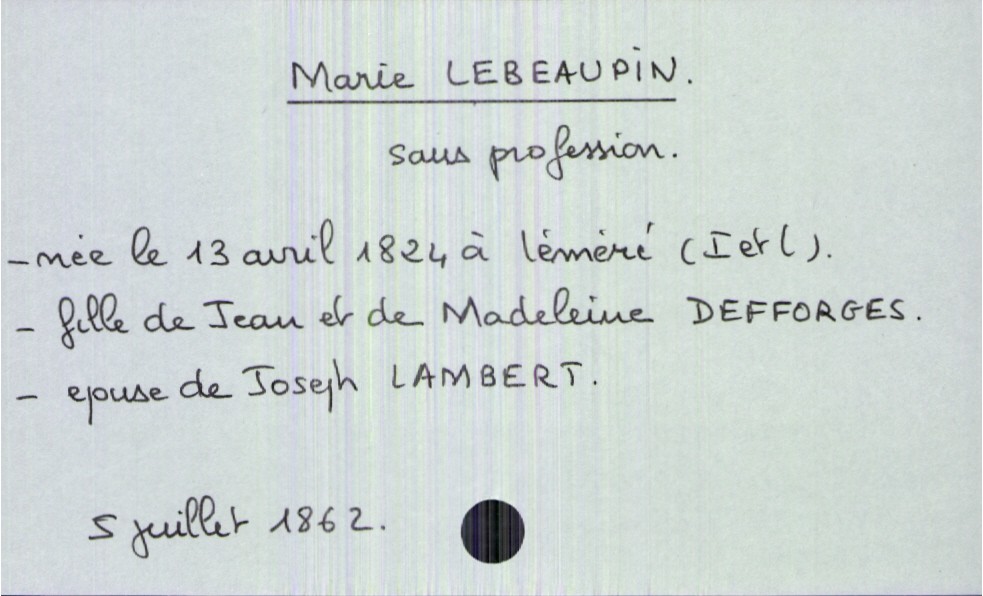
type_acte: Décès
année: 1862
mois: juillet
jour: 5
défunt_nom: Lebeaupin
défunt_prénom: Marie
défunt_sexe: F
défunt_profession: sans profession
défunt_date_de_naissance: 13 avril 1824
défunt_lieu_de_naissance: Léméré (Indre et Loire)
défunt_statut: marié(e)
père_défunt_nom: Lebeaupin
père_défunt_prénom: Jean
mère_défunt_nom: Defforges
mère_défunt_prénom: Madeleine